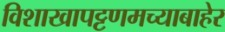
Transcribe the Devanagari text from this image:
विशाखापट्टणमच्याबाहेर